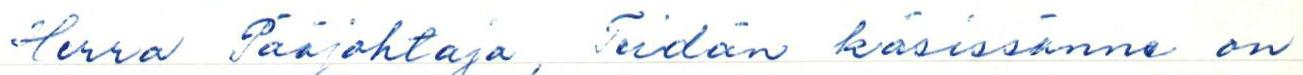
Herra Pääjohtaja, Teidän käsissänne on